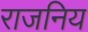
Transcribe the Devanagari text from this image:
राजनिय